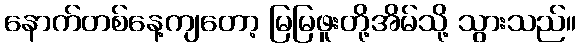
နောက်တစ်နေ့ကျတော့ မြမြဖူးတို့အိမ်သို့ သွားသည်။